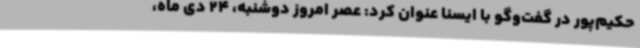
حکیم‌پور در گفت‌وگو با ایسنا عنوان کرد: عصر امروز دوشنبه، 24 دی ‌ماه،